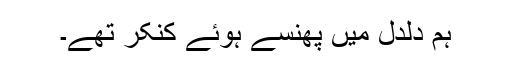
ہم دلدل میں پھنسے ہوئے کنکر تھے۔